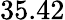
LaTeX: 35.42